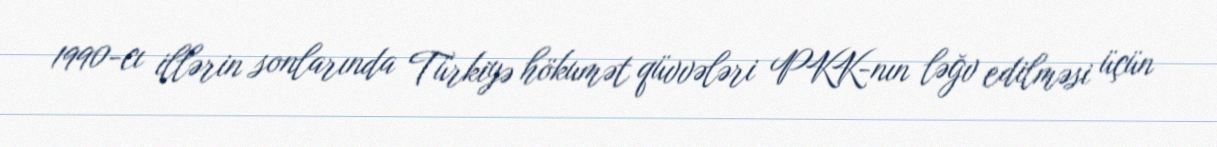
1990-cı illərin sonlarında Türkiyə hökumət qüvvələri PKK-nın ləğv edilməsi üçün